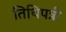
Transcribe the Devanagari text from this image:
तिथिपत्री